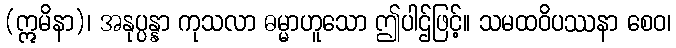
(ဣမိနာ)၊ အနုပ္ပန္နာ ကုသလာ ဓမ္မာဟူသော ဤပါဌ်ဖြင့်။ သမထဝိပဿနာ စေဝ၊